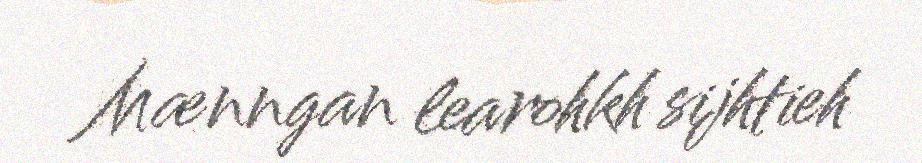
Mænngan learohkh sijhtieh